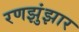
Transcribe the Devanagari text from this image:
रणझुंझार